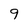
Character: 9